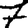
Digit: 7